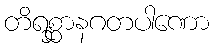
တိရစ္ဆာနဂတပါဏော